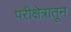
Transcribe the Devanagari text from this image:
परीक्षेत्रातून